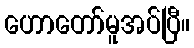
ဟောတော်မူအပ်ပြီ။